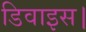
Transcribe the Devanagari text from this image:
डिवाइस।